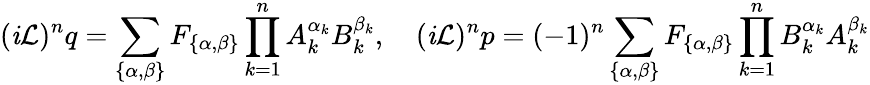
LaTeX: (\mathit{i}\mathcal{{L}})^{n}q=\sum_{\{ \alpha,\beta\} }F_{\{ \alpha,\beta\} }\prod_{k=1}^{n}A_{k}^{\alpha_{k}}B_{k}^{\beta_{k}},\quad(\mathit{i}\mathcal{{L}})^{n}p=(-1)^{n}\sum_{\{ \alpha,\beta\} }F_{\{ \alpha,\beta\} }\prod_{k=1}^{n}B_{k}^{\alpha_{k}}A_{k}^{\beta_{k}}